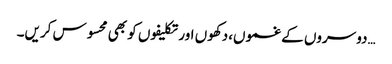
…دوسروں کے غموں،دکھوں اور تکلیفوں کو بھی محسوس کریں۔